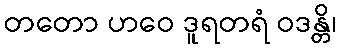
တတော ဟဝေ ဒူရတရံ ဝဒန္တိ၊